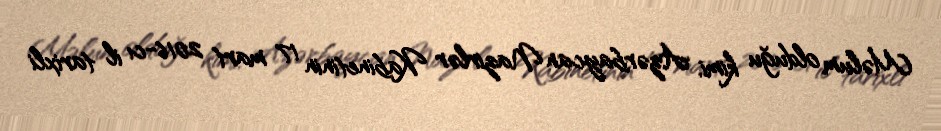
Məlum olduğu kimi, Azərbaycan Nazirlər Kabinetinin 17 mart 2016-cı il tarixli